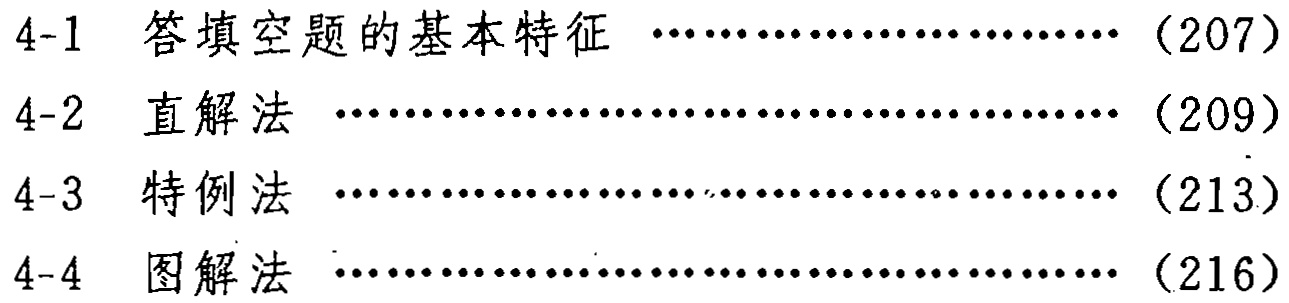
4-1 答填空题的基本特征 \dotfill (207)\\

4-2 直解法 \dotfill (209)\\

4-3 特例法 \dotfill (213)\\

4-4 图解法 \dotfill (216)